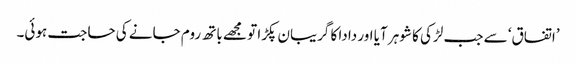
’اتفاق‘ سے جب لڑکی کا شوہر آیا اور دادا کا گریبان پکڑا تو مجھے باتھ روم جانے کی حاجت ہوئی۔